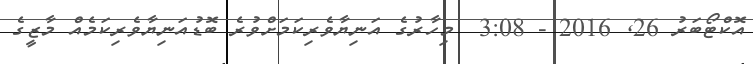
އޮކްޓޯބަރު 26